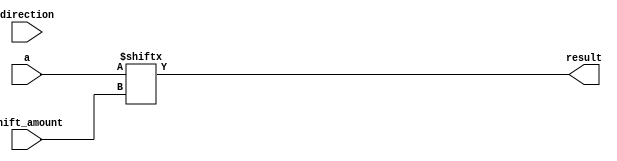
module barrel_shifter(
    input [31:0] a,  // Input data
    input [4:0] shift_amount,  // Amount to shift
    input direction,  // Direction of shift (0=right, 1=left)
    output reg [31:0] result  // Output data
);
  
  always @(*) begin
    if (direction == 1) begin // Left shift
      result = {a[shift_amount-1:0], a[31:shift_amount]};
    end
    else begin // Right shift
      result = {a[31-shift_amount:31], a[31:shift_amount]};
    end
  end
  
endmodule